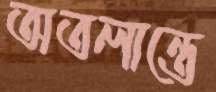
অতলান্তে